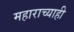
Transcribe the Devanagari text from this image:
महाराच्याही